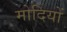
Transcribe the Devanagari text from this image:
मोदियों